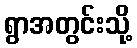
ရွာအတွင်းသို့